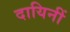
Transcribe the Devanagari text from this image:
दायिनीं